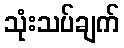
သုံးသပ်ချက်